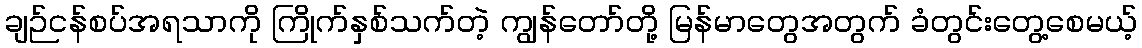
ချဉ်ငန်စပ်အရသာကို ကြိုက်နှစ်သက်တဲ့ ကျွန်တော်တို့ မြန်မာတွေအတွက် ခံတွင်းတွေ့စေမယ့်